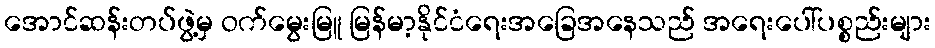
အောင်ဆန်းတပ်ဖွဲ့မှ ဝက်မွေးမြူ မြန်မာ့နိုင်ငံရေးအခြေအနေသည် အရေးပေါ်ပစ္စည်းများ